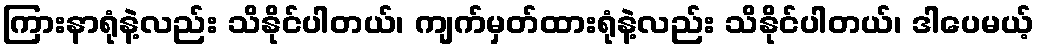
ကြားနာရုံနဲ့လည်း သိနိုင်ပါတယ်၊ ကျက်မှတ်ထားရုံနဲ့လည်း သိနိုင်ပါတယ်၊ ဒါပေမယ့်